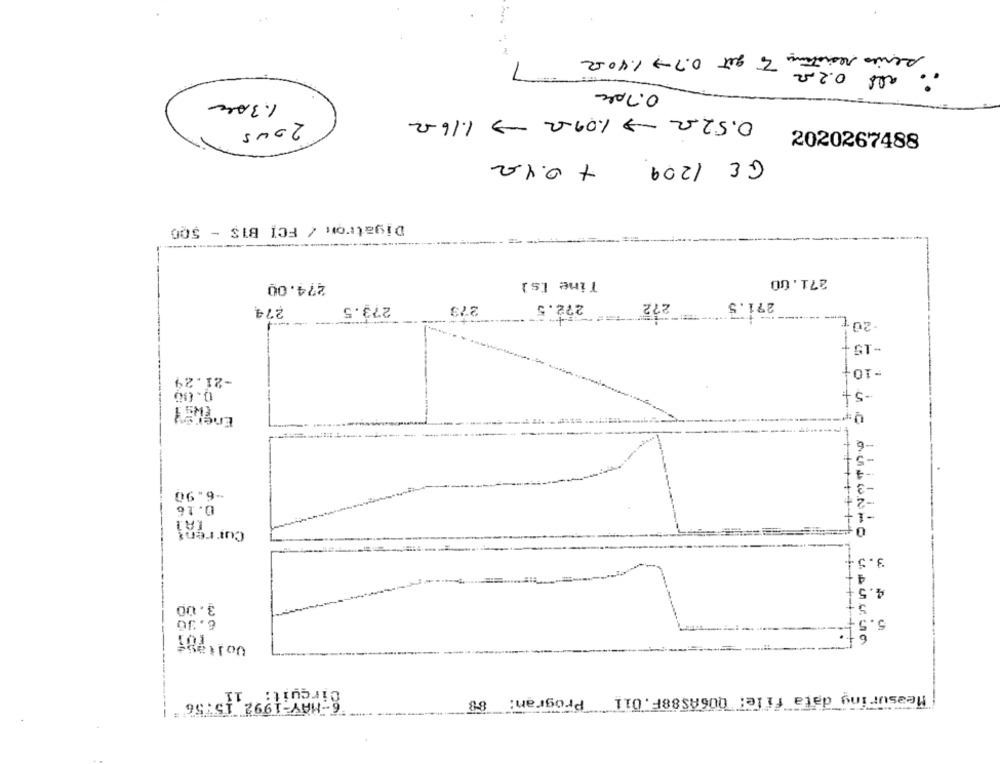
7
series resistance To get 0.7 1.402
: als 0.2.22
0.7 plc
1.3000
0.52.02 - 1.09-2 1.16-2
200S
2020267488
+ 0.42
GE 1209
Digatron / FCI BIS - 500
-----
Time [s]
271.00
274.00
273.5
273
272.5
272
271.5
274
20+
-15.
-10-
-21.29
0.00
Energy
-6.90
0.16
Current
3.5
4.5
3.00
6.30
5
Voltagi
-
6-MAY-1992 15:56
88
Program:
Measuring data file: 006AS88F.011